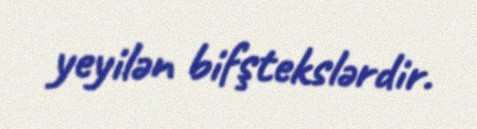
yeyilən bifştekslərdir.